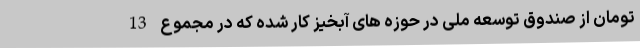
تومان از صندوق توسعه ملی در حوزه های آبخیز کار شده که در مجموع 13